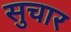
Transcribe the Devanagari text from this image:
सुचार